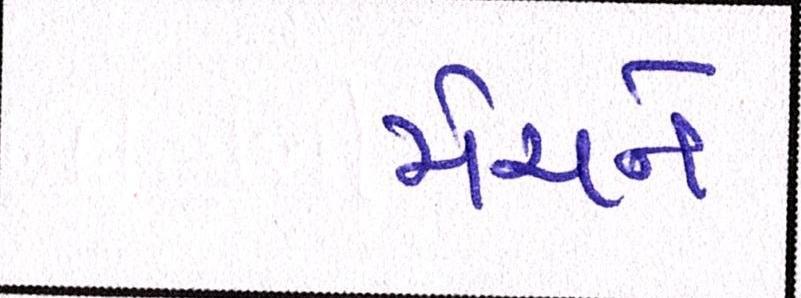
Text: મેચને